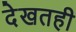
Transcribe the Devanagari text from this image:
देखतही